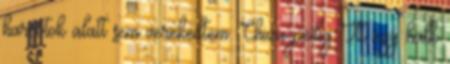
harcotok alatt sem verekedtem. Chizu pedig Itt egy halk